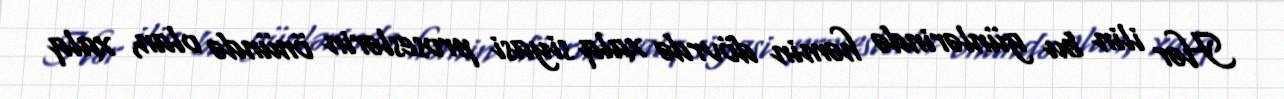
Hər ilin bu günlərində həmin dövrdə xalq siyasi proseslərin önündə olan, xalq